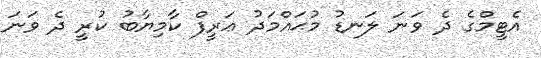
އެޓީމްގެ ދެ ވަނަ ލަނޑު މުޙައްމަދު ޢަރީފް ކާމިޔާބު ކުރީ ދެ ވަނަ